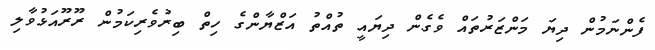
ފެންނަމުން ދިޔަ މަންޒަރުތައް ވެގެން ދިޔައީ ތުއްތު އަޒްޔާންގެ ހިތް ބިރުވެރިކަމުން ރޫރޫއަޅުވާލި